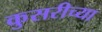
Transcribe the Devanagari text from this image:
कुसरीच्या